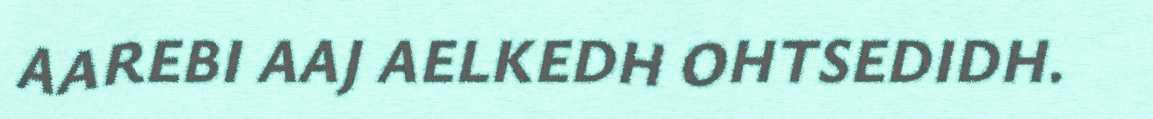
AAREBI AAJ AELKEDH OHTSEDIDH.